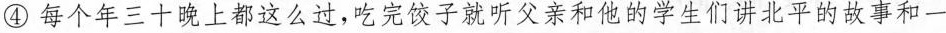
④每个年三十晚上都这么过，吃完子就听父亲和他的学生们讲北平的故事和一